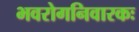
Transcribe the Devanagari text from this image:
भवरोगनिवारकः